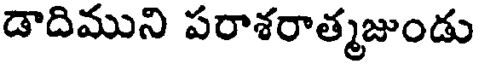
డాదిముని పరాశరాత్మజుండు